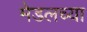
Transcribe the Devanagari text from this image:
मेडलच्या